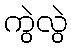
ကွဲလွဲ